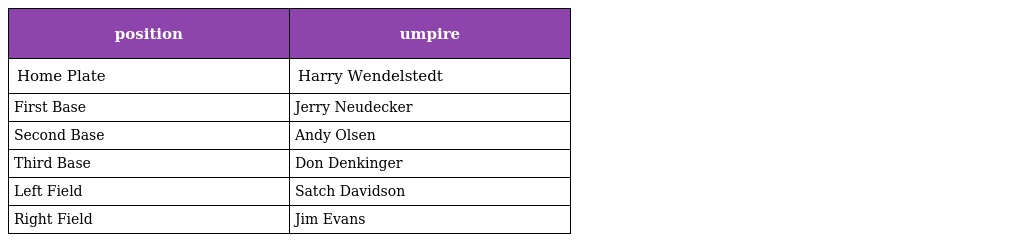
| position | umpire |
 | --- | --- |
 | Home Plate | Harry Wendelstedt |
 | First Base | Jerry Neudecker |
 | Second Base | Andy Olsen |
 | Third Base | Don Denkinger |
 | Left Field | Satch Davidson |
 | Right Field | Jim Evans |